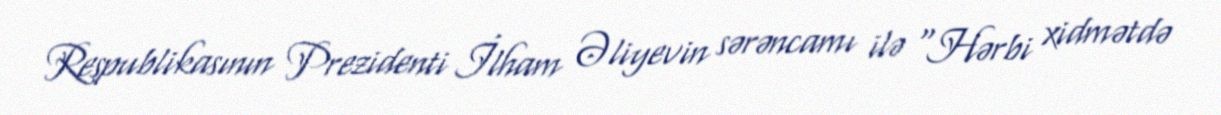
Respublikasının Prezidenti İlham Əliyevin sərəncamı ilə "Hərbi xidmətdə